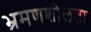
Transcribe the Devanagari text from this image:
भ्रमणशीलता